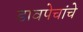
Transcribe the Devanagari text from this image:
डावपेचांचे